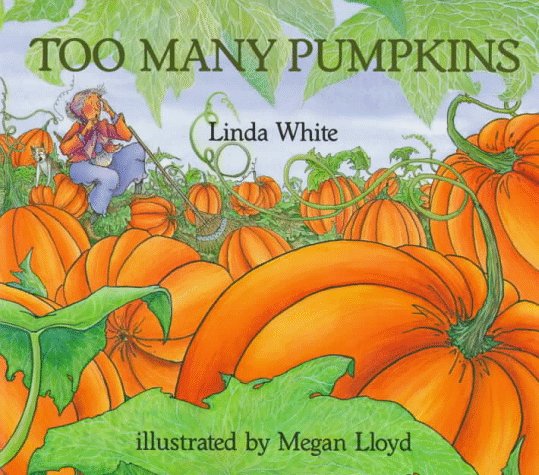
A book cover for Too Many Pumpkins; Linda White; Children's Books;